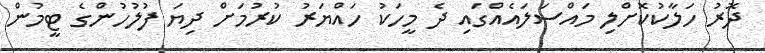
ދޮރު ހަލާކުކޮށްލި މައްސަލައެއްގައި ދެ މީހަކު ހައްޔަރު ކުރުމަށް ދިޔަ ފުލުހުންގެ ޓީމުން